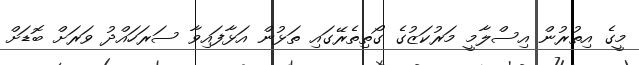
މީގެ އިތުރުން އިސްލާމީީ މަރުކަޒުގެ ގޯތިތެރޭގައި ތަޅުން އަޅާފައިވާ ސަރަހައްދު ވަރަށް ބޮޑަށް